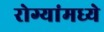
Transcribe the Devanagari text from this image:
रोग्यांमध्ये